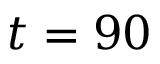
t = 9 0